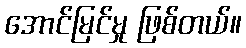
အောင်မြင်မှု ဖြစ်တယ်။